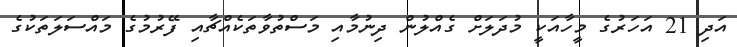
އަދި 21 އަހަރުގެ މީހާއަކީ މުދަލަށް ގެއްލުން ދިނުމާއި މަސްތުވާތަކެއްޗާއި ފޭރުމުގެ މައްސަލަތަކުގެ